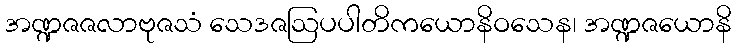
အဏ္ဍဇဇလာဗုဇသံ သေဒဇဩပပါတိကယောနိဝသေန၊ အဏ္ဍဇယောနိ